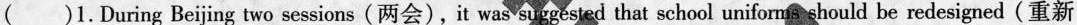
( )1.During Beijing two sessions (两会),it was suggested that school uniforms should be redesigned (重新